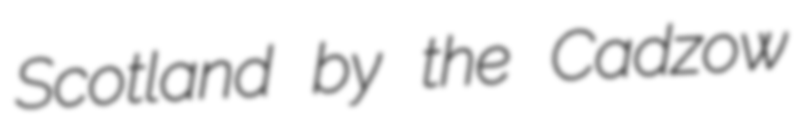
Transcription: Scotland by the Cadzow